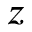
z